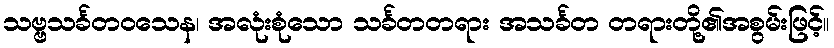
သဗ္ဗသင်္ခတဝသေန၊ အလုံးစုံသော သင်္ခတတရား အသင်္ခတ တရားတို့၏အစွမ်းဖြင့်။